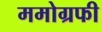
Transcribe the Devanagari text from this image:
ममोग्रफी